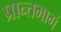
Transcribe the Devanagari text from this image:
प्रान्तभागं